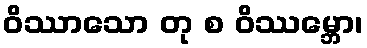
ဝိဿာသော တု စ ဝိဿမ္ဘော၊